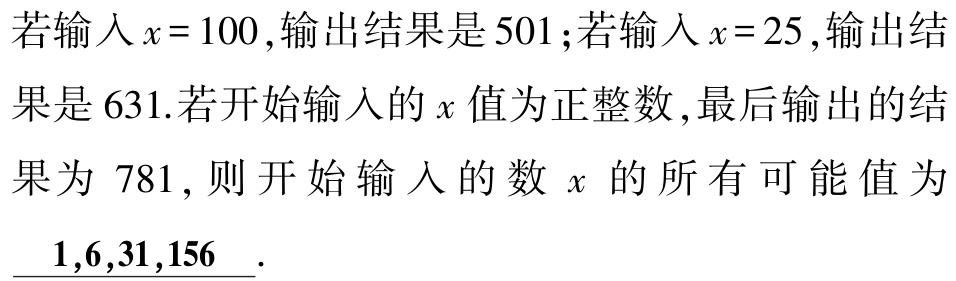
若输入$x = 100$,输出结果是$501$;若输入$x = 25$,输出结果是$631$.若开始输入的$x$值为正整数,最后输出的结果为$781$,则开始输入的数$x$的所有可能值为$\underline{1,6,31,156}$.